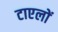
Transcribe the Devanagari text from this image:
टाएलों